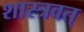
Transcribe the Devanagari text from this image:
शास्त्रवत्‌